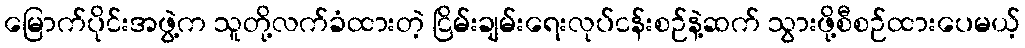
မြောက်ပိုင်းအဖွဲ့က သူတို့လက်ခံထားတဲ့ ငြိမ်းချမ်းရေးလုပ်ငန်းစဉ်နဲ့ဆက် သွားဖို့စီစဉ်ထားပေမယ့်